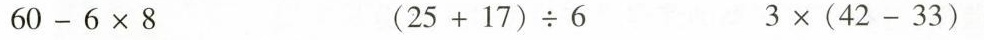
$$6 0 - 6 × 8$$ $$( 2 5 + 1 7 ) ÷ 6$$ $$3 × ( 4 2 - 3 3 )$$